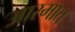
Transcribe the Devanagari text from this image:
आरमात